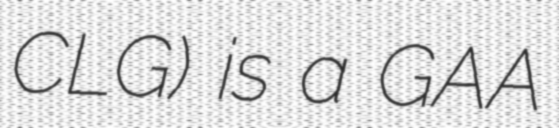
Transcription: CLG) is a GAA